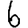
Digit: 6